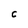
Character: C